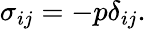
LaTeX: \sigma_{ij}=-p\delta_{ij}.